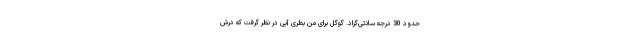
حدود 30 درجه سانتی‌گراد. گوگل برای من بطری آبی در نظر گرفت که درش